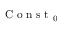
\mathrm { ~ C ~ o ~ n ~ s ~ t ~ } _ { 0 }